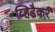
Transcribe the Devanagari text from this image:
व्हिटैकर